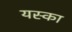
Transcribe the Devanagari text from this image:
यस्का